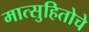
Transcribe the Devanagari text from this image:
मात्सुहितोचे